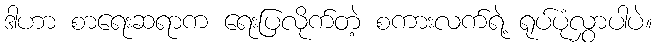
ဒါဟာ စာရေးဆရာက ရေးပြလိုက်တဲ့ စကားလက်ရဲ့ ရုပ်ပုံလွှာပါပဲ။